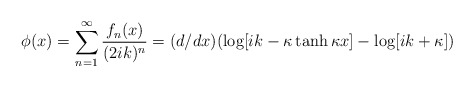
\begin{align*}\phi(x) = \sum_{n=1}^{\infty} {f_{n}(x)\over{(2ik)^n}} =(d/dx) (\log[ik - \kappa \tanh \kappa x] -\log[ik + \kappa])\end{align*}